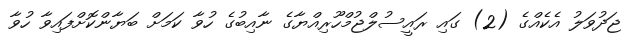
ޖަދުވަލު އެކެއްގެ (2) ގައި ރައީސުލްޖުމްހޫރިއްޔާގެ ނާއިބުގެ ހުވާ ކަމަށް ބަޔާންކޮށްފައިވާ ހުވާ